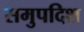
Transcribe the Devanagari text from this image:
समुपदिश